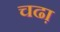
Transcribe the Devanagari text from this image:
चढा़